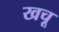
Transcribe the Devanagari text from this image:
खचू